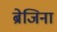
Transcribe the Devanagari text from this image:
ब्रेजिना